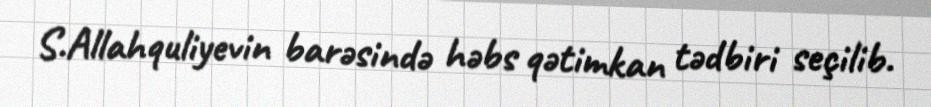
S.Allahquliyevin barəsində həbs qətimkan tədbiri seçilib.